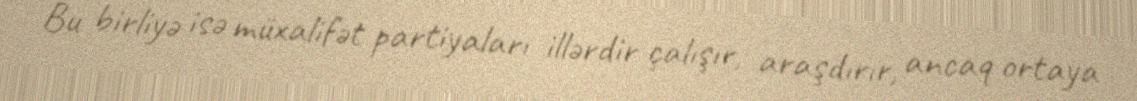
Bu birliyə isə müxalifət partiyaları illərdir çalışır, araşdırır, ancaq ortaya